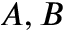
A , B